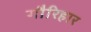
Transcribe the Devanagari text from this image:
गौरिहार